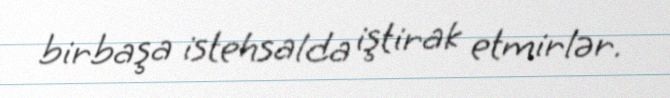
birbaşa istehsalda iştirak etmirlər.